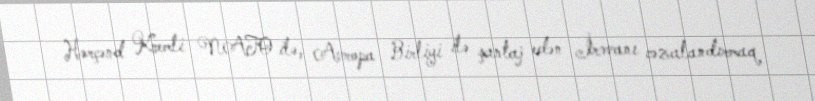
Hərçənd Kremli NATO ilə, Avropa Birliyi ilə şantaj edən İrəvanı cəzalandırmaq